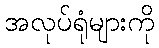
အလုပ်ရုံများကို